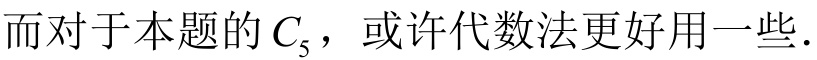
而对于本题的\(C_{5}\)，或许代数法更好用一些.